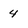
Character: 4